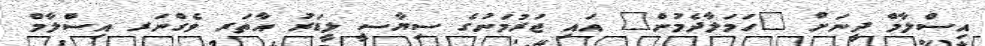
އިސްލާމް ދީނަށް "ހަމަލާދެމުން" އައި ޖަރުމަނުގެ ސިޔާސީ ލީޑަރު އާތަރ ވެގްނަރ އިސްލާމް